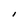
Character: I